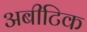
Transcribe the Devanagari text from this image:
अबीटिक